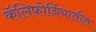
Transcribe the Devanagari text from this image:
कॅलिफाेर्नियातील